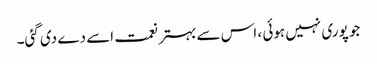
جو پوری نہیں ہوئی ، اس سے بہتر نعمت اسے دے دی گئی۔